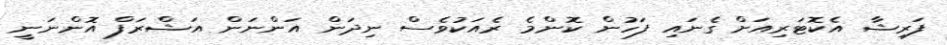
ފަރިޝާ އެކޮޓަރިއަށް ގެނައި ފަހުން ކޮންމެ ރެއަކުވެސް ނިދަން އަންނަން އަޝްރަފް އޮންނަނީ